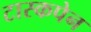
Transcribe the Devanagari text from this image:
टास्कपेन